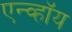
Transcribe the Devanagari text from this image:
एन्व्हॉय